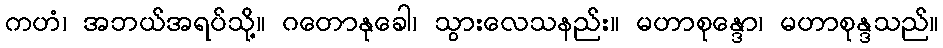
ကဟံ၊ အဘယ်အရပ်သို့။ ဂတောနုခေါ၊ သွားလေသနည်း။ မဟာစုန္ဒော၊ မဟာစုန္ဒသည်။